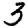
Digit: 3